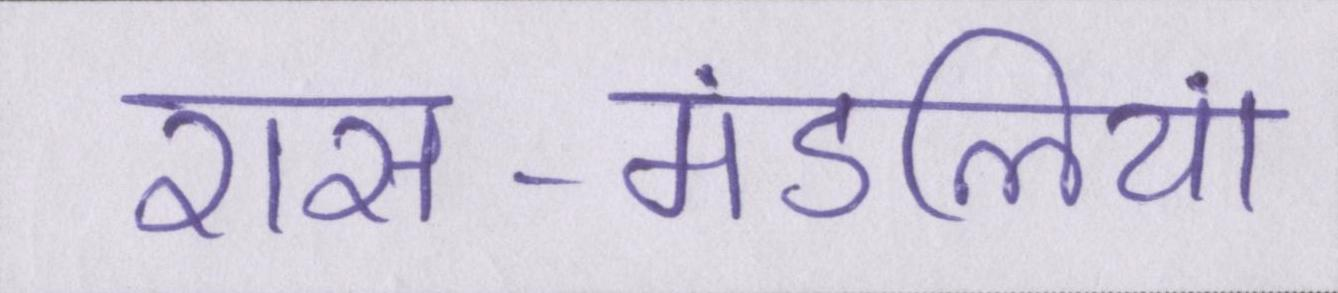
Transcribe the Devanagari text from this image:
रास-मंडलियां